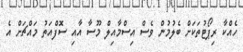
ހެއްކާ ރިޕޯޓުތަކަށް ބެލުމުން ވެސް އިސްމާއިލް މޫސާ އާއި ސޮފްއަތު މައްޗަށް އެ